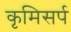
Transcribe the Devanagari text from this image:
कृमिसर्प